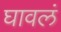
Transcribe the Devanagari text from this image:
घावलं